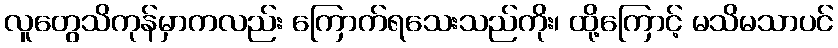
လူတွေသိကုန်မှာကလည်း ကြောက်ရသေးသည်ကိုး၊ ထို့ကြောင့် မသိမသာပင်